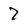
Character: 7